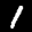
Digit: 1